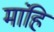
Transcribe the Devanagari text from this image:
मांहि